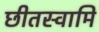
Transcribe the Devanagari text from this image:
छीतस्वामि